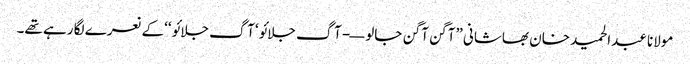
مولانا عبدالحمید خان بھاشانی ”آگن آگن جالو—- آگ جلائو‘ آگ جلائو ‘‘کے نعرے لگا رہے تھے۔